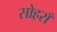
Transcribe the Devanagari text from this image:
सोहराँ